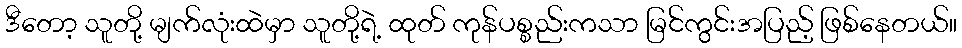
ဒီတော့ သူတို့ မျက်လုံးထဲမှာ သူတို့ရဲ့ ထုတ် ကုန်ပစ္စည်းကသာ မြင်ကွင်းအပြည့် ဖြစ်နေတယ်။